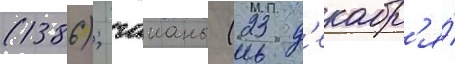
(1386); гаианы (23 д'екабр'я́